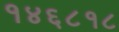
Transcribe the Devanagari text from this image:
१४६८१८